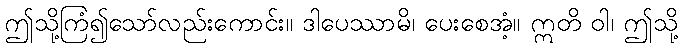
ဤသို့ကြံ၍သော်လည်းကောင်း။ ဒါပေဿာမိ၊ ပေးစေအံ့။ ဣတိ ဝါ၊ ဤသို့